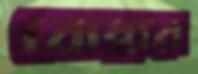
বোম্বার